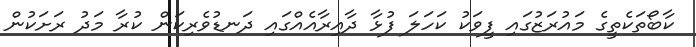
ކާބޯތަކެތީގެ މައުރަޒުގައި ފީވަކު ކަހަލަ ފުޅާ ދާއިރާއެއްގައި ދަނޑުވެރިކަން ކުރާ މަދު ރަށަކުން